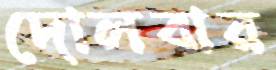
দোলবার